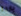
ياردة